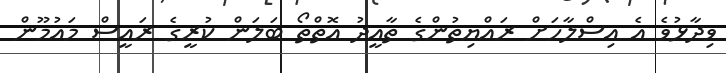
ވިދާޅުވެ އެ އިސްލާހަށް ރައްޔިތުންގެ ތާއީދު އޮތްތޯ ބަލަން ކުރީގެ ރައީސް މައުމޫން